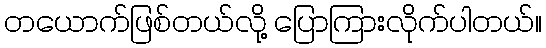
တယောက်ဖြစ်တယ်လို့ ပြောကြားလိုက်ပါတယ်။